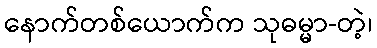
နောက်တစ်ယောက်က သုဓမ္မာ-တဲ့၊